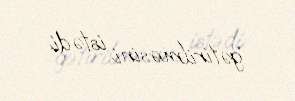
gətirilməsini istədi.